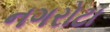
નગરોટા